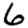
Digit: 6